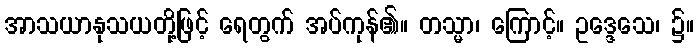
အာသယာနုသယတို့ဖြင့် ရေတွက် အပ်ကုန်၏။ တသ္မာ၊ ကြောင့်။ ဥဒ္ဒေသေ၊ ၌။